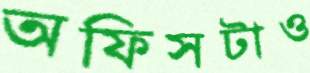
অফিসটাও